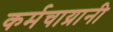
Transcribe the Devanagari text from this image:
कर्मचाय्रानी